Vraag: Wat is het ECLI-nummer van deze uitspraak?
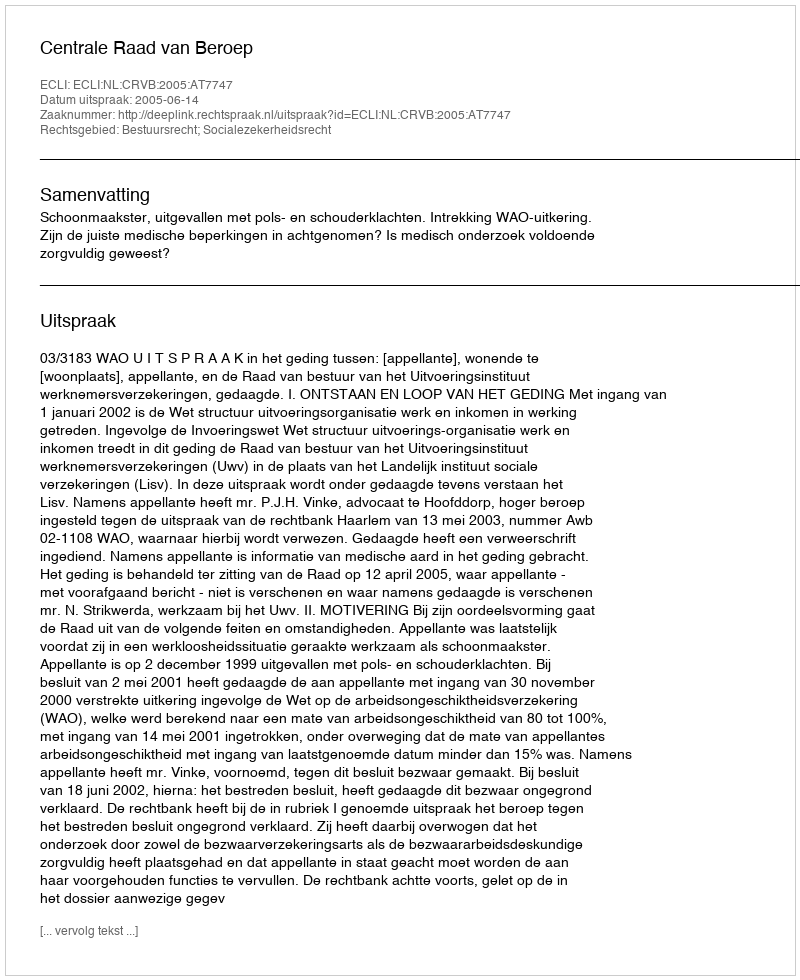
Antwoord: ECLI:NL:CRVB:2005:AT7747